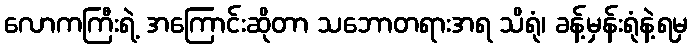
လောကကြီးရဲ့ အကြောင်းဆိုတာ သဘောတရားအရ သိရုံ၊ ခန့်မှန်းရုံနဲ့ရမှ